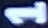
1